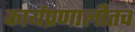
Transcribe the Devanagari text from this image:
कार्यप्रणालीतच